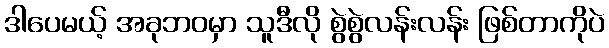
ဒါပေမယ့် အခုဘဝမှာ သူဒီလို စွဲစွဲလန်းလန်း ဖြစ်တာကိုပဲ